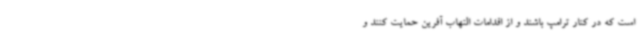
است که در کنار ترامپ باشند و از اقدامات التهاب آفرین حمایت کنند و